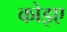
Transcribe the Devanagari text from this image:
कोइए